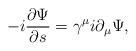
LaTeX: \begin{align*}-i\frac{\partial \Psi }{\partial s}=\gamma ^\mu i\partial _\mu \Psi ,\end{align*}